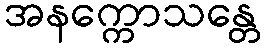
အနက္ကောသန္တေ